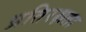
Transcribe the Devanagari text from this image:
प्रतिरक्षता